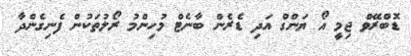
ޑޮބްރޭވް ޖިމީ އޯ ޔަންގް އަދި ޑެރެން ބާނެޓް މުހިންމު ރޯލުތަކުން ފެނިގެންދާ